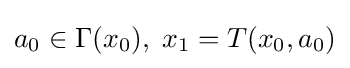
a_{0}\in \Gamma (x_{0}),\;x_{1}=T(x_{0},a_{0})